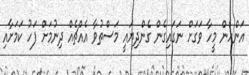
އަންހެން މީހާ ވަގަށް ނަގައިގެން ގެންދިޔައީ މަސްތުވާ އެއްޗެއް ދިނުމަށް ފަހު ކަމަށާއި